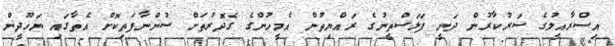
އިސްރާއީލުގެ ސަރުކާރުން ދަނީ ފަލަސްތީނުގެ ރައްޔިތުން އެމީހުންގެ ގެދޮރުތަށް ސުންނާފަތިކޮށް އެތާގައި ޔަހޫދީން